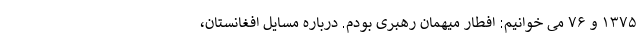
۱۳۷۵ و ۷۶ می خوانیم: افطار میهمان رهبری بودم. درباره مسایل افغانستان،